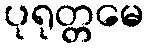
ပုရုတ္တမေ